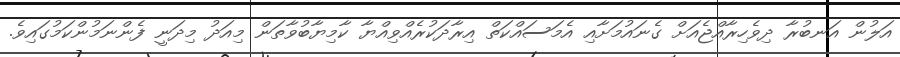
އަލުން އަނބުރާ ދިވެހިރާއްޖެއަށް ގެނައުމަށާއި އެމަސައްކަތް އިރާދަކުރެއްވިއްޔާ ކާމިޔާބުވާތަން މިއަދު މިދަނީ ފެންނަމުންކަމުގައިވެ.